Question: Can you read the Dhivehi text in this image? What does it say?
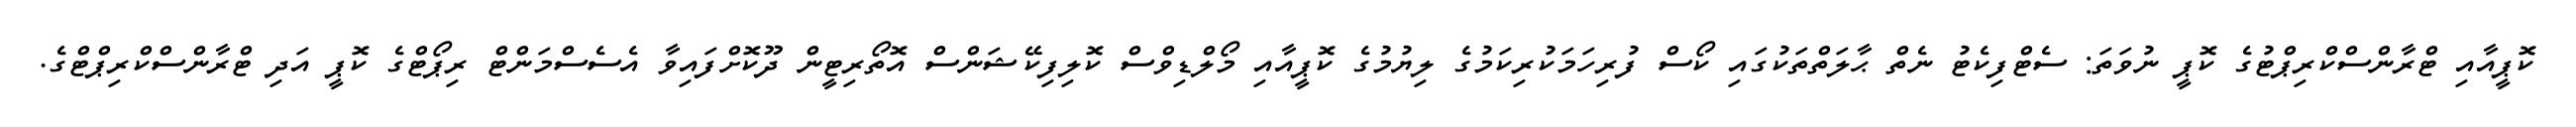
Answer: ކޮޕީއާއި ޓްރާންސްކްރިޕްޓުގެ ކޮޕީ ނުވަތަ: ސެޓްފިކެޓު ނެތް ޙާލަތްތަކުގައި ކޯސް ފުރިހަމަކުރިކަމުގެ ލިޔުމުގެ ކޮޕީއާއި މޯލްޑިވްސް ކޮލިފިކޭޝަންސް އޮތޯރިޓީން ދޫކޮށްފައިވާ އެސެސްމަންޓް ރިޕޯޓްގެ ކޮޕީ އަދި ޓްރާންސްކްރިޕްޓްގެ.